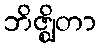
ဘိဇ္ဈိတာ